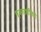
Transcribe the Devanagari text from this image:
सूक्ष्मदर्शीविदों